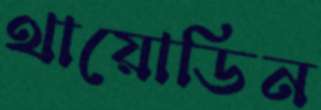
থায়োডিন